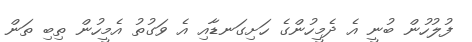
ފުލުހުން ބުނީ އެ ދެމީހުންގެ ހަށިގަނޑާއި އެ ވަގުތު އެމީހުން ތިބި ތަން